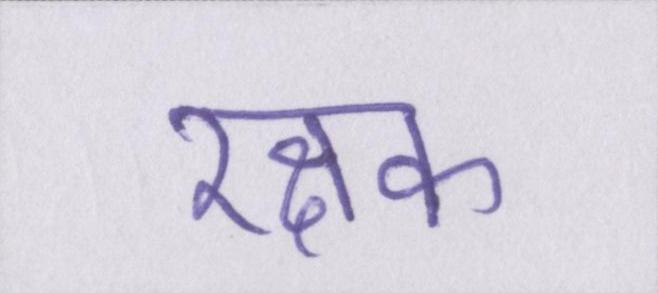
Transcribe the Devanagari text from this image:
रक्षक